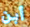
أبن